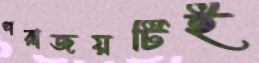
পরাজয়টিই